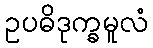
ဥပဓိဒုက္ခမူလံ